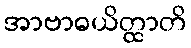
အာဗာဓယိတ္ထာတိ